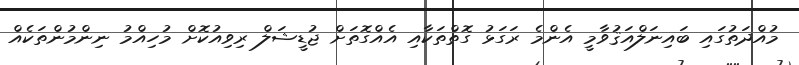
މުއްދަތުގައި ބައިނަލްއަޤުވާމީ އެންމެ ރަގަޅު ގޮތްތަކާއި އެއްގޮތަށް ޖުޑީޝަލް ރިވިއުކޮށް މުހިއްމު ނިންމުންތަކެއް